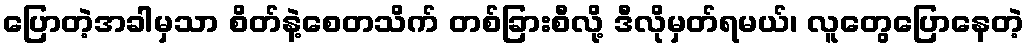
ပြောတဲ့အခါမှသာ စိတ်နဲ့စေတသိက် တစ်ခြားစီလို့ ဒီလိုမှတ်ရမယ်၊ လူတွေပြောနေတဲ့